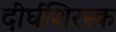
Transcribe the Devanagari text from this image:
दीर्घशिरस्क